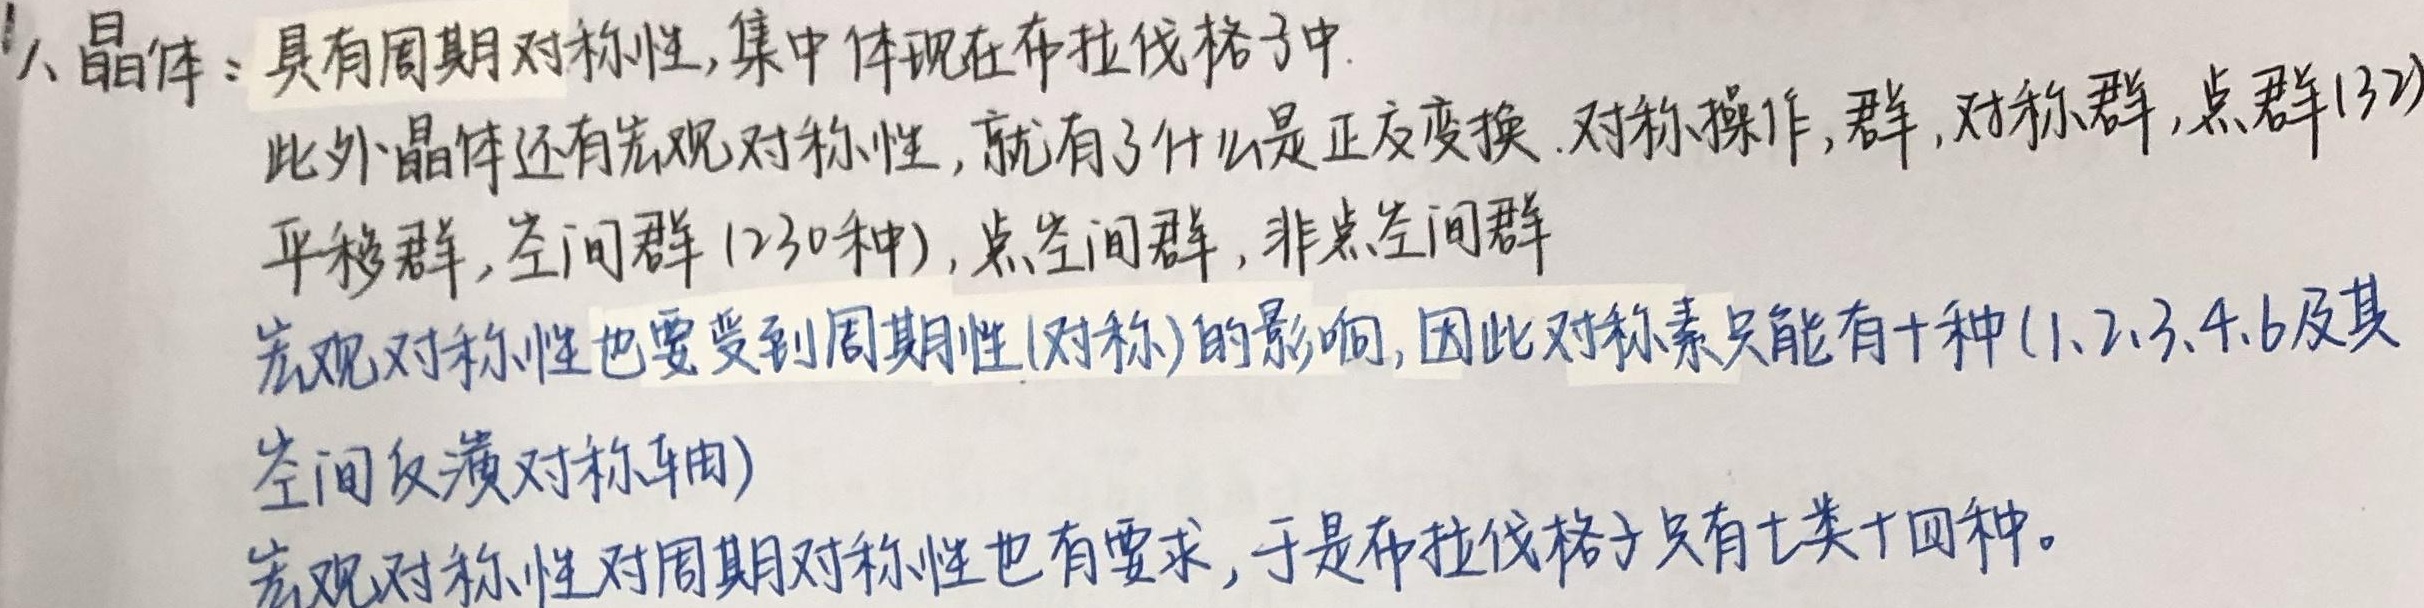
1、晶体：具有周期对称性，集中体现在布拉伐格子中。此外晶体还有宏观对称性，就有了什么是正交变换。对称操作，群，对称群，点群（32）、平移群，空间群（230种）， 点空间群， 非点空间群。宏观对称性也要受到周期性（对称）的影响，因此对称素只能有十种（1、2、3、4、6及其空间反演对称轴）。宏观对称性对周期对称性也有要求，于是布拉伐格子只有七类十四种。